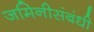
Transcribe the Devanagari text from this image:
जमिनीसंबंधी